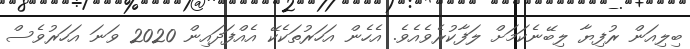
ބިލިއަން ރުފިޔާ ލިބޭނެކަމަށް ލަފާކުރެވެއެވެ. އެހެން އަހަރުތަކެކޭ އެއްފަދައިން 2020 ވަނަ އަހަރުވެސް